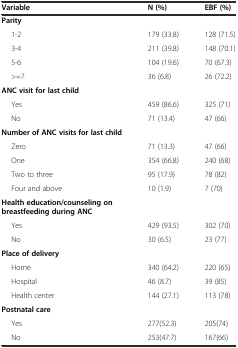
| Variable | N (%) | EBF (%) |
 | --- | --- | --- |
 | Parity |  |  |
 | 1-2 | 179 (33.8) | 128 (71.5) |
 | 3-4 | 211 (39.8) | 148 (70.1) |
 | 5-6 | 104 (19.6) | 70 (67.3) |
 | >=7 | 36 (6.8) | 26 (72.2) |
 | ANC visit for last child |  |  |
 | Yes | 459 (86.6) | 325 (71) |
 | No | 71 (13.4) | 47 (66) |
 | Number of ANC visits for last child |  |  |
 | Zero | 71 (13.3) | 47 (66) |
 | One | 354 (66.8) | 240 (68) |
 | Two to three | 95 (17.9) | 78 (82) |
 | Four and above | 10 (1.9) | 7 (70) |
 | Health education/counseling on breastfeeding during ANC |  |  |
 | Yes | 429 (93.5) | 302 (70) |
 | No | 30 (6.5) | 23 (77) |
 | Place of delivery |  |  |
 | Home | 340 (64.2) | 220 (65) |
 | Hospital | 46 (8.7) | 39 (85) |
 | Health center | 144 (27.1) | 113 (78) |
 | Postnatal care |  |  |
 | Yes | 277(52.3) | 205(74) |
 | No | 253(47.7) | 167(66) |